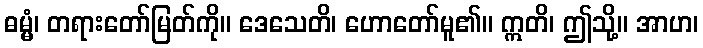
ဓမ္မံ၊ တရားတော်မြတ်ကို။ ဒေသေတိ၊ ဟောတော်မူ၏။ ဣတိ၊ ဤသို့။ အာဟ၊